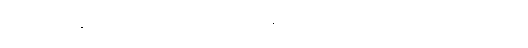
ကျွန်တော့်ရဲ့ လုပ်ပုံကိုင်ပုံ အလုံးစုံကို အနီးကပ်မြင်တွေ့ထားပုံရတဲ့ ဥရောပသား